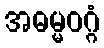
အဓမ္မဝဂ္ဂံ